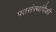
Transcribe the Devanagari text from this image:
पतसंस्थांपैकी